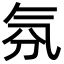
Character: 氛